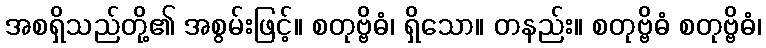
အစရှိသည်တို့၏ အစွမ်းဖြင့်။ စတုဗ္ဗိဓံ၊ ရှိသော။ တနည်း။ စတုဗ္ဗိဓံ စတုဗ္ဗိဓံ၊